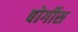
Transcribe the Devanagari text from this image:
बोर्गीस